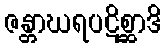
ဇန္တာဃရပဋိစ္ဆာဒိ